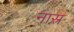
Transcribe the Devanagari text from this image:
नास्र